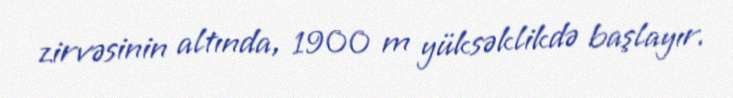
zirvəsinin altında, 1900 m yüksəklikdə başlayır.